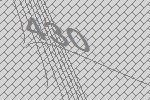
430